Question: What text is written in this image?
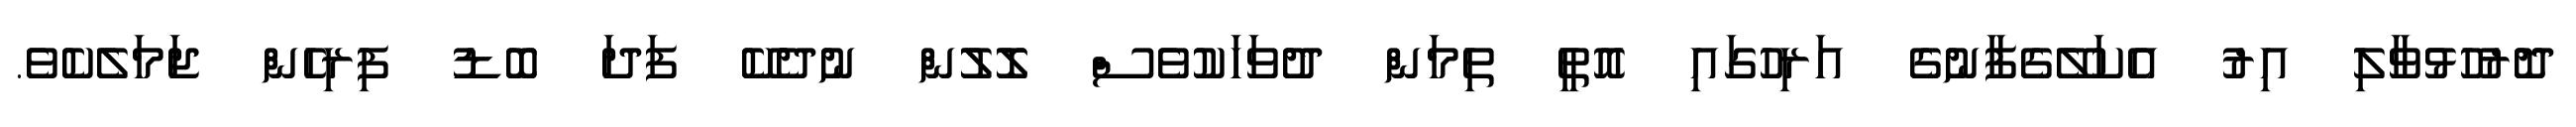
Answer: ދޮރުހުޅުވާލި އިރު އެކަލޭގެފާނުގެ އަރިހުގައި އޮތީ ތިމަން ދުވަހަކުވެސް ލޮލުން ނުދެކޭ ފަދަ ބޮޑު ފިރިހެން ޖަމަލެކެވެ.